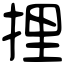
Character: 捚